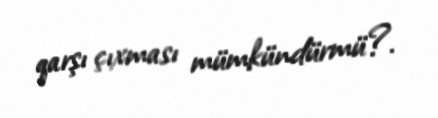
qarşı çıxması mümkündürmü?.